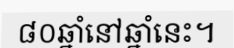
៨០ឆ្នាំនៅឆ្នាំនេះ។